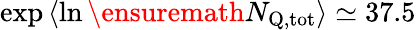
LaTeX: \exp{\langle\ln\ensuremath{N_{\mathrm{Q,tot}}}\rangle}\simeq 37.5